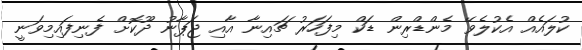
ކުލައެއް އެކުލެވޭ މެންޑްރިން ޑަކް މިފަހަރު ޗައިނާ އާއި ޖަޕާނު ދޫކޮށް ފެނިފައިމިވަނީ